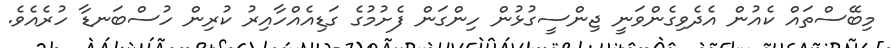
މިބޭސްތައް ކެއުން އެދެވިގެންވަނީ ޖިންސީގުޅުން ހިންގަން ފެށުމުގެ ގަޑިއެއްހާއިރު ކުރިން ހުސްބަނޑާ ހުރެއެވެ.